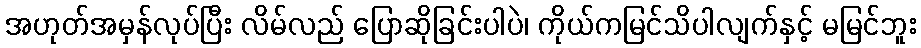
အဟုတ်အမှန်လုပ်ပြီး လိမ်လည် ပြောဆိုခြင်းပါပဲ၊ ကိုယ်ကမြင်သိပါလျက်နှင့် မမြင်ဘူး